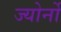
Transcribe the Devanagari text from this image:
ज्योर्नो